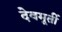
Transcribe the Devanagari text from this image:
देवमूर्ती